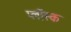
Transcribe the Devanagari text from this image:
प्लोंस्क